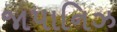
જાપાનિઝ